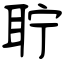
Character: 聍